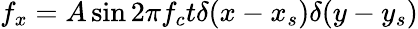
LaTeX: f_{x}=A\sin{2\pi f_{c}t}\delta(x-x_{s})\delta(y-y_{s})